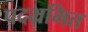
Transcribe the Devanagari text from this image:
पदभ्रमित